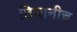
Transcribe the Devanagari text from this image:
तिघानीच